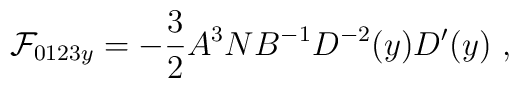
{\cal F}_{0123y}= - {3\over 2} A^3  N B^{-1} D^{-2}(y)D'(y) \ ,